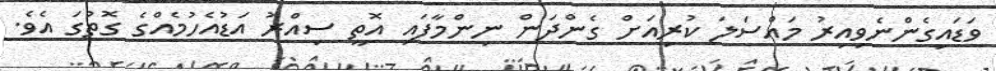
ވަޑައިގެންނެވިއިރު މައްސަލަ ކުރިއަށް ގެންދަން ނިންމާފައި އޮތީ ސިއްރު އަޑުއެހުމެއްގެ ގޮތުގަ އެވެ.